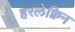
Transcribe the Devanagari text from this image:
हरलेक्विन